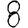
Digit: 8